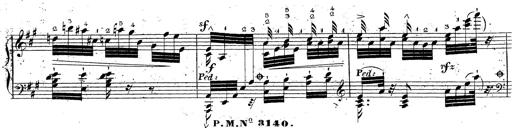
Title: Grande fantaisie sur la tyrolienne de l'opÃ©ra
Composer: Franz Liszt
Key: A major